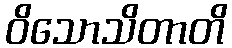
ဝိသောသိတာတိ